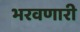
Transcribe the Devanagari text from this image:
भरवणारी